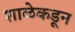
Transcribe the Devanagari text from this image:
शाळेकडून